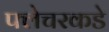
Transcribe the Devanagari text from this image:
फ्लेचरकडे